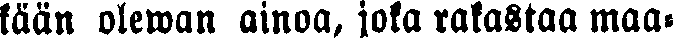
kään olewan ainoa, joka rakastaa maa-